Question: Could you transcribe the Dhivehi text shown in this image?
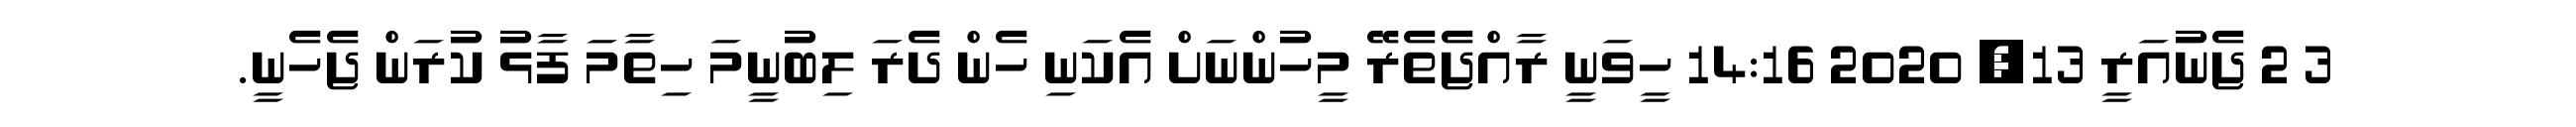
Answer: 3 2 ޖެނުއަރީ 13, 2020 14:16 ހީވަނީ ރާއްޖެތެރޭ މީހުންނަށް އެކަނި ހެން ދެރަ ލިބުނީމަ ހިތާމަ ފާޅު ކުރަން ޖެހެނީ.